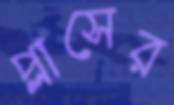
প্লাসের